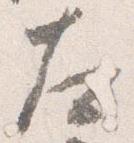
左